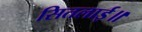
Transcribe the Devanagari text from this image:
सितलाई॥